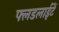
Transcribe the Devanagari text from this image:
फ्लडलाईटें